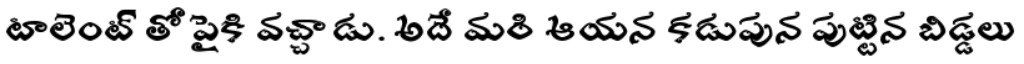
టాలెంట్ తో పైకి వచ్చాడు. అదే మరి ఆయన కడుపున పుట్టిన బిడ్డలు